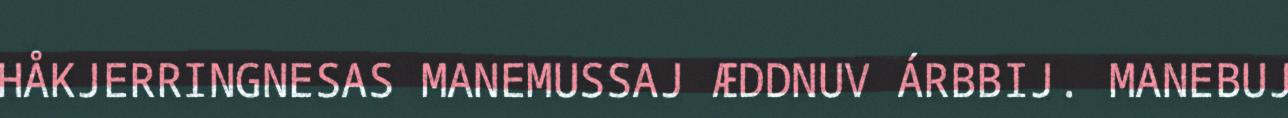
HÅKJERRINGNESAS MANEMUSSAJ ÆDDNUV ÁRBBIJ. MANEBUJ